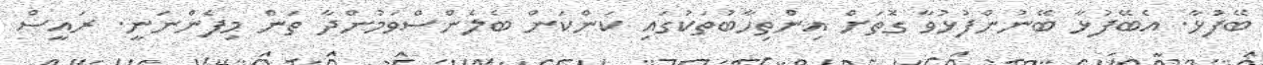
ބޭފުޅާ. އެބޭފުޅާ ބޭނުންފުޅުވާ ގޮތަށް އިންތިހާބުތަކުގައި ކަންކަން ބެލެންސްވަމުންދާ ތަން މިފެންނަނީ. ރައީސް